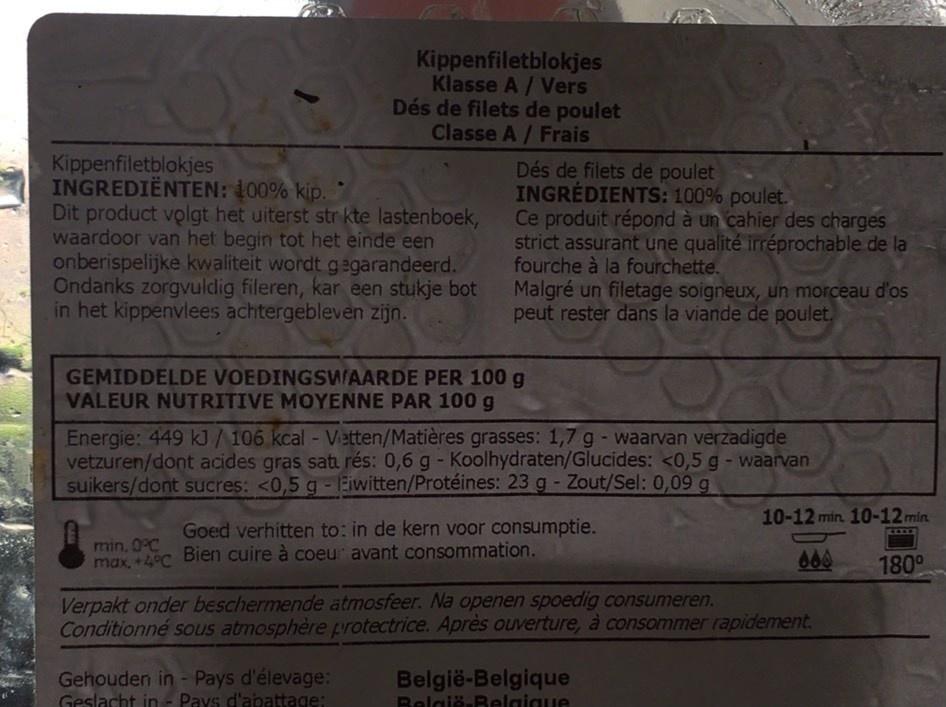
Kippenfiletblokjes Klasse A / Vers Dés de filets de poulet Classe A / Frais
Kippenfiletblokjes INGREDIËNTEN: 100% kip. Dit product volgt het uiterst str kte lastenboek, waardoor van het begin tot het einde een onberispelijke kwaliteit wordt gegarandeerd. Ondanks zorgvuldig fileren, kar een stukje bot Malgré un filetage soigneux, un morceau d'os in het kippenvlees achtergebleven zijn.
Dés de filets de poulet INGRÉDIENTS: 100% poulet. Ce produit répond à un cahier des charges strict assurant une qualité irréprochable de la fourche à la fourchette.
peut rester dans la viande de poulet.
GEMIDDELDE VOEDINGSWTAARDE PER 100 g VALEUR NUTRITIVE MOYENNE PAR 100 g
Energie: 449 kJ/106 kcal - Vietten/Matières grasses: 1,7 g - waarvan verzadigde vetzuren/dont acides gras sat rés: 0,6 g - Koolhydraten/Glucides: <0,5 g - waarvan suikers/dont sucres: <0,5 g - 1Eiwitten/Protéines: 23 g - Zout/Sel: 0,09 g
T.
10-12 min. 10-12min
Goed verhitten to: in de kern voor consumptie.
min, 0°C max, +4°C Bien cuire à coeur avant consommation.
666
180°
Verpakt onder beschermende atmosfeer. Na openen spoedig consumeren. Conditionné sous atmosphère protectrice. Après ouverture, à consommer rapidement.
Gehouden in - Pays d'élevage: Geslacht in - Pays d'abattage:
België-Belgique België.Belgique